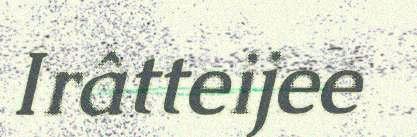
Irâtteijee